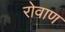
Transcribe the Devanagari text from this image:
रोवाण